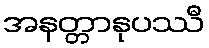
အနတ္တာနုပဿီ